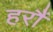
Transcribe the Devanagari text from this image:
हरौं